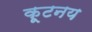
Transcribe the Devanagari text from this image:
कूटनय